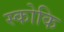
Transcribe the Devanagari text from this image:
स्कोकि